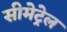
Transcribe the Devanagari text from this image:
सीमेट्रेल